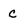
Character: c